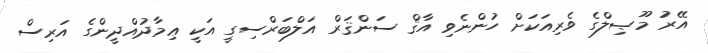
އޭރު މޫޞިލްގެ ވެރިއަކަށް ހުންނެވި އާޤް ސަންޤަރް އަލްބަރްސިގީ އަކީ ޢިމާދުއްދީންގެ އަރިސް